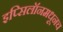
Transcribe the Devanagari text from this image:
इप्सिलॉनमधूनच